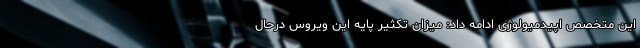
این متخصص اپیدمیولوژی ادامه داد: میزان تکثیر پایه این ویروس درحال